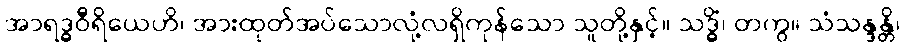
အာရဒ္ဓဝီရိယေဟိ၊ အားထုတ်အပ်သောလုံ့လရှိကုန်သော သူတို့နှင့်။ သဒ္ဓိံ၊ တကွ။ သံသန္ဒန္တိ၊